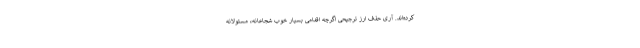
کرده‌اند. آری حذف ارز ترجیحی اگرچه اقدامی بسیار خوب شجاعانه، مسئولانه